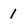
Character: I